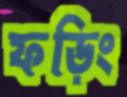
ফড়িং